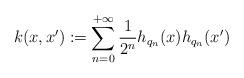
LaTeX: \begin{align*} k(x,x') := \sum_{n=0}^{+\infty} \frac{1}{2^n}h_{q_n}(x)h_{q_n}(x')\end{align*}